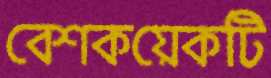
বেশকয়েকটি